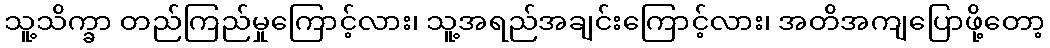
သူ့သိက္ခာ တည်ကြည်မှုကြောင့်လား၊ သူ့အရည်အချင်းကြောင့်လား၊ အတိအကျပြောဖို့တော့